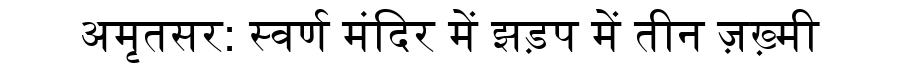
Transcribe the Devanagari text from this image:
अमृतसर: स्वर्ण मंदिर में झड़प में तीन ज़ख़्मी